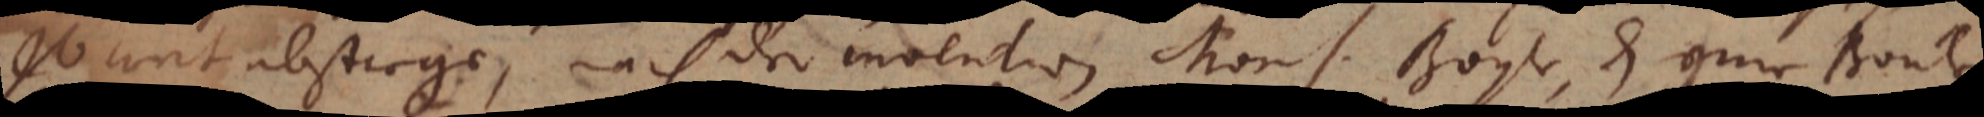
so weit absteige, nach der invention Mons. Boyle, das eine Boule